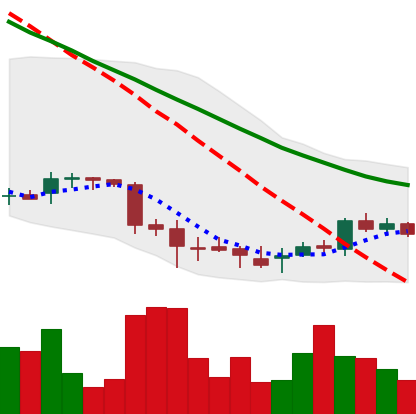
Ticker: DOGE-USD
Chart end date: 2018-07-05
Forward return: -7.234%
Label: down_7plus